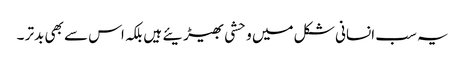
یہ سب انسانی شکل میں وحشی بھیڑیئے ہیں بلکہ اس سے بھی بدتر ۔